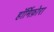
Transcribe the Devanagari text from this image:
हॉर्मिफ़ोरा